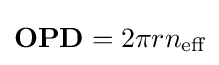
\mathbf {OPD} =2\pi rn_{\text{eff}}